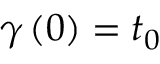
\gamma \left( 0 \right) = t _ { 0 }